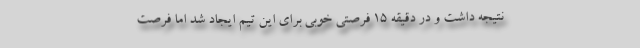
نتیجه داشت و در دقیقه ۱۵ فرصتی خوبی برای این تیم ایجاد شد اما فرصت